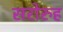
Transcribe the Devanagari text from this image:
सरोरुह